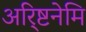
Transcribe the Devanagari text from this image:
अरि्ष्टनेमि